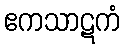
ဧကသာဋကံ